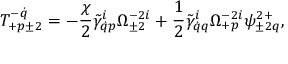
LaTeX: T _ { + p \pm 2 } ^ { - \dot { q } } = - \frac { \chi } { 2 } \tilde { \gamma } _ { \dot { q } p } ^ { i } \Omega _ { \pm 2 } ^ { - 2 i } + \frac 1 2 \tilde { \gamma } _ { \dot { q } q } ^ { i } \Omega _ { + p } ^ { - 2 i } \psi _ { \pm 2 q } ^ { 2 + } ,